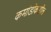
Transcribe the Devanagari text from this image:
कमांडोंकडील